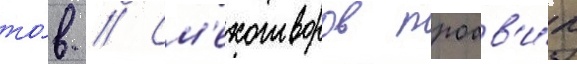
то́в // См'ехотворов проав'и́л